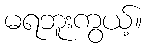
မရဘူးကွယ့်။